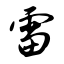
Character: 雷